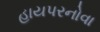
હાયપરનોવા